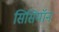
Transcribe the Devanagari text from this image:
सिसियॉन